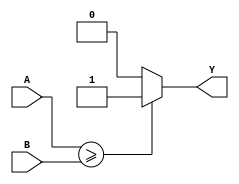
module comparator (
  input [7:0] A,
  input [7:0] B,
  output reg Y
);

always @* begin
  if (A >= B) begin
    Y = 1;
  end else begin
    Y = 0;
  end
end

endmodule